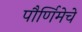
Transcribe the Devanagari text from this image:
पौर्णिमेचे